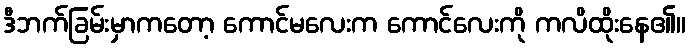
ဒီဘက်ခြမ်းမှာကတော့ ကောင်မလေးက ကောင်လေးကို ကလိထိုးနေ၏။